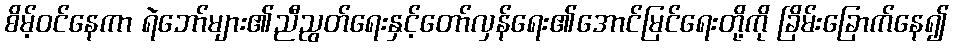
စိမ့်ဝင်နေကာ ရဲဘော်များ၏ညီညွတ်ရေးနှင့်တော်လှန်ရေး၏အောင်မြင်ရေးတို့ကို ခြိမ်းခြောက်နေ၍